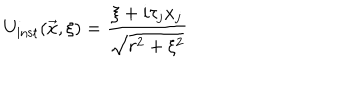
U _ { \mathrm { i n s t } } ( \vec { x } , \xi ) = \frac { \xi + i \tau _ { j } x _ { j } } { \sqrt { r ^ { 2 } + \xi ^ { 2 } } }